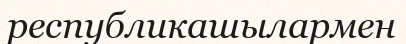
республикашылармен